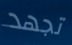
تجهد